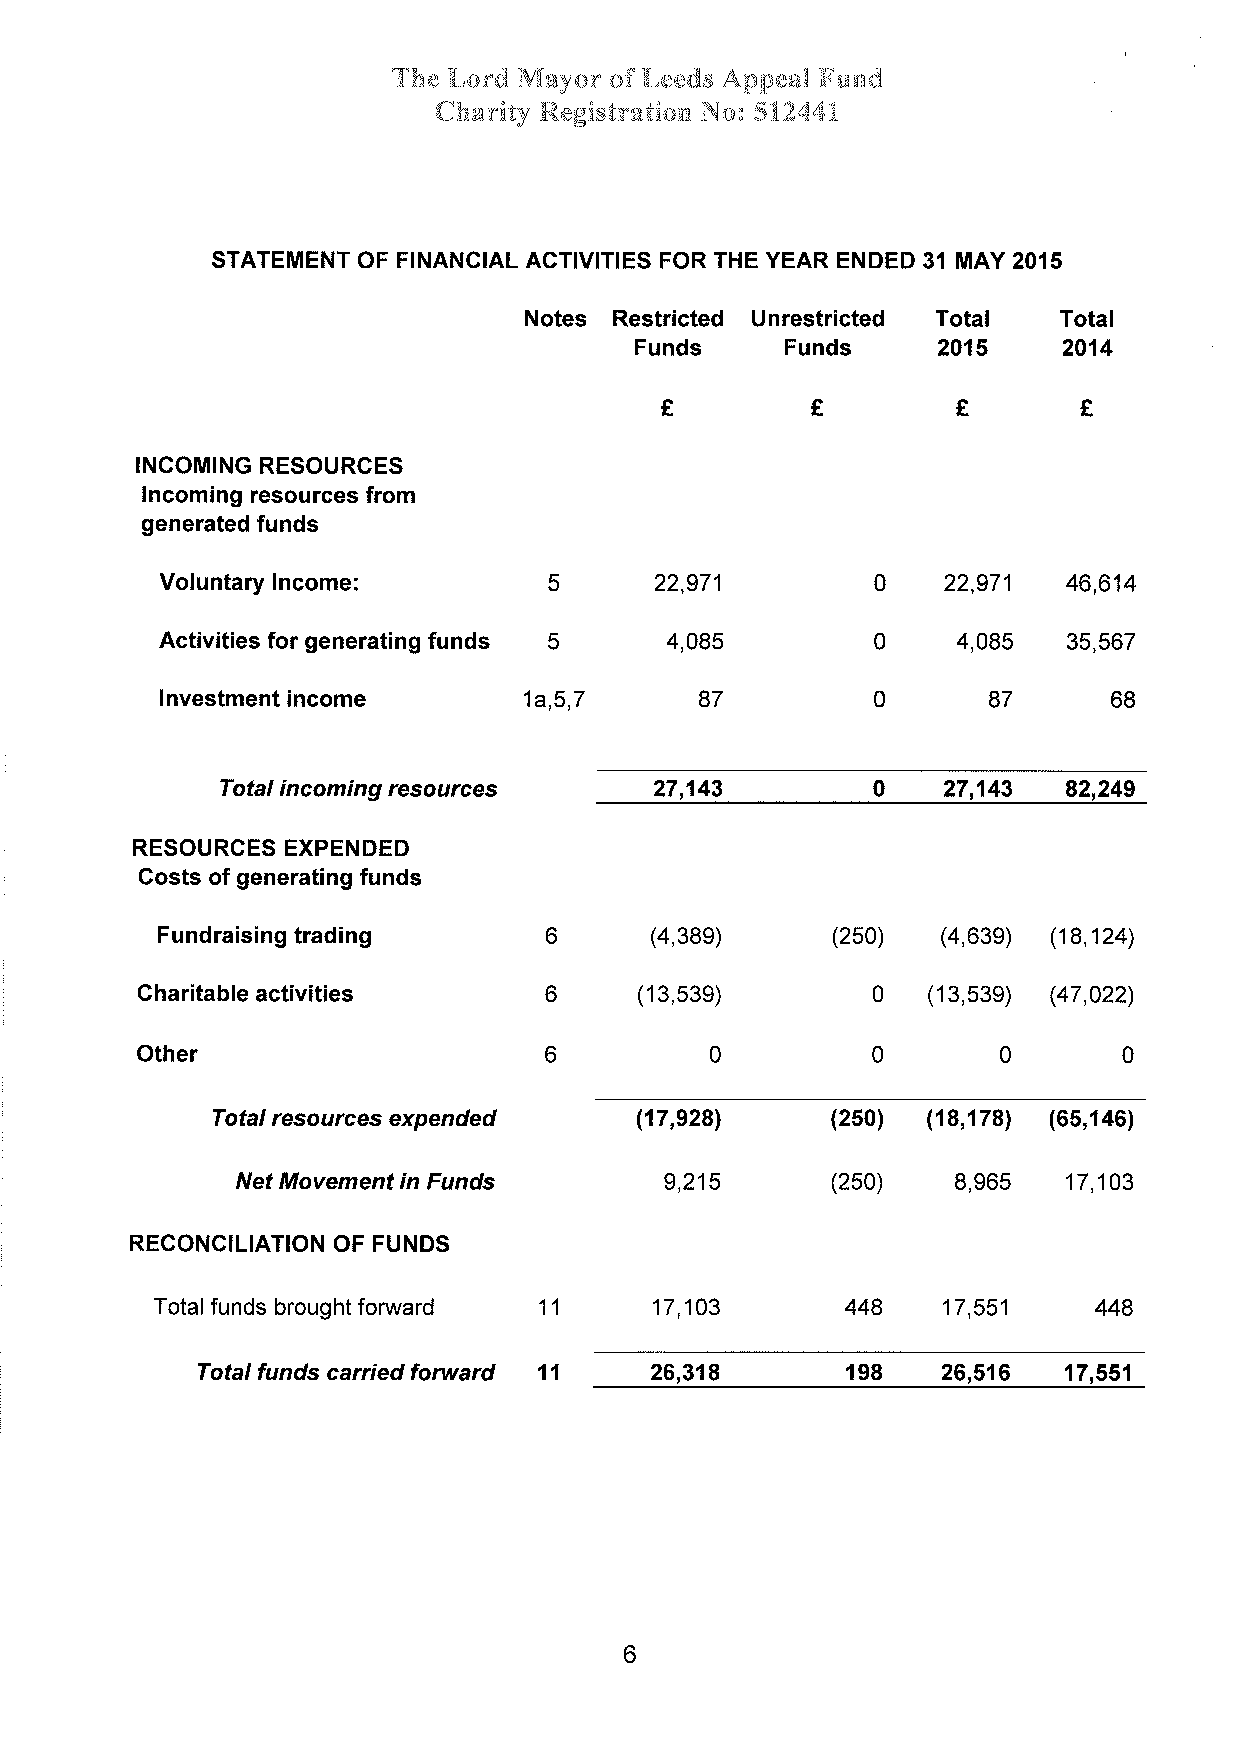
The Lord Mayor of Leeds Appeal Fund
 Charity Registration No: 512441
 STATEMENT OF FINANCIAL ACTIVITIES FOR THE YEAR ENDED 31 MAY 2OI5
 Notes Restricted Unrestricted Total Total
 Funds     Funds     2015    2014
 t
 â        Ê        â
 INGOM¡NG RESOURCES
 lncoming resources from
 generated funds
 22,971
 Voluntary lncome:        5      22,971         0            46,614
 4,085
 Activities for generating funds 5 4,085        0            35,567
 lnvestment income       1a,5,7     87          0      87       68
 0   27,143
 Total i n c o m i n g resources 27.143                  82,249
 RESOURCES EXPENDED
 Costs of generating funds
 Fundraising trading       6      (4,389)     (250)  (4,639) (18,124)
 Gharitable activities      6     (13,539)        0  (13,539) (47 ,022)
 Other                      o          0          0       0       0
 Total resources expended    (17,9281     (250) (18,178) (65,146)
 (250)   8,965
 Net Movement in Funds       9,215                      17,103
 RECONCILIATION OF FUNDS
 448
 Total funds brought forward 11   17,103             17,551     448
 forward                      198   26,516
 Total funds carried    11     26,318                      17,551
 6